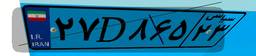
۳۵D۵۸۷۸۶